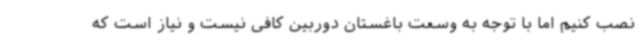
نصب کنیم اما با توجه به وسعت باغستان دوربین کافی نیست و نیاز است که